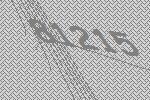
81215